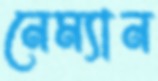
নেম্যান